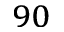
^ { 9 0 }